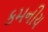
કમનીય